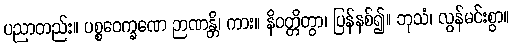
ပညာတည်း။ ပစ္စဝေက္ခဏေ ဉာဏန္တိ၊ ကား။ နိဝတ္တိတွာ၊ ပြန်နစ်၍။ ဘုသံ၊ လွန်မင်းစွာ။